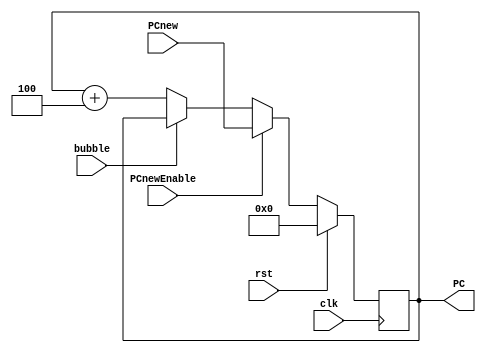
`timescale 1ns / 1ps
module PC ( input PCnewEnable,bubble,
            input clk,rst,
            input [31:0] PCnew, //DPdan geliyo 
            output reg [31:0] PC //aluya ve roma gidecek,
            );	
	
        always @(posedge clk)
        begin
            if (rst == 1)
                PC <= 32'h00000000;
            else
            begin
                if( PCnewEnable ) PC <= PCnew;
                else if (bubble) PC <= PC ;                
                else PC <= PC + 32'h0000_0004;
            end          
        end

        
        endmodule